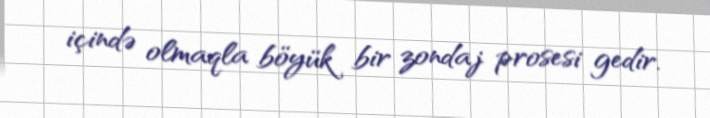
içində olmaqla böyük bir zondaj prosesi gedir.